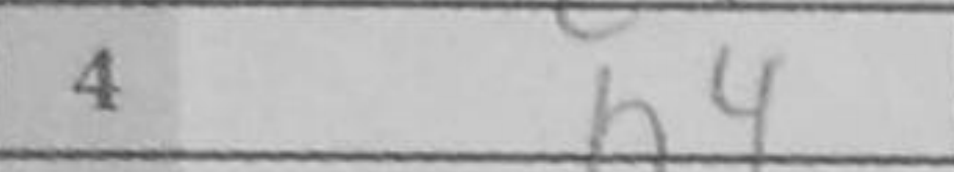
Transcription: h4